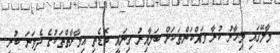
މާލޭގައި މިހާރު ކުރާ ވައްކަންތަކަށް ބަލާއިރު ގިނައީ ބޮޑެތި އިމާރާތްތަކުގެ ދެވަނަ ބުރި